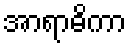
အာရာဓိကာ